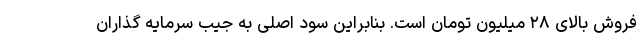
فروش بالای ۲۸ میلیون تومان است. بنابراین سود اصلی به جیب سرمایه گذاران